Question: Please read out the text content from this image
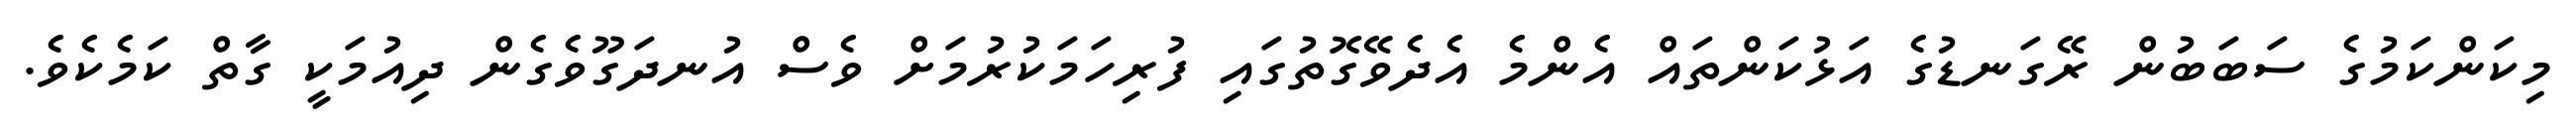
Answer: މިކަންކަމުގެ ސަބަބުން ރޭގަނޑުގެ އަޅުކަންތައް އެންމެ އެދެވޭގޮތުގައި ފުރިހަމަކުރުމަށް ވެސް އުނދަގޫވެގެން ދިއުމަކީ ގާތް ކަމެކެވެ.